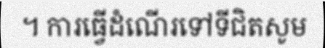
។ ការធ្វើដំណើរទៅទីជិតសូម